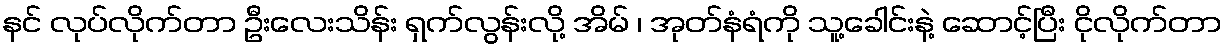
နင် လုပ်လိုက်တာ ဦးလေးသိန်း ရှက်လွန်းလို့ အိမ် ၊ အုတ်နံရံကို သူ့ခေါင်းနဲ့ ဆောင့်ပြီး ငိုလိုက်တာ